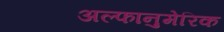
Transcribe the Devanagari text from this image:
अल्फानुमेरिक